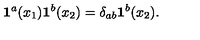
{ \bf 1 } ^ { a } ( x _ { 1 } ) { \bf 1 } ^ { b } ( x _ { 2 } ) = \delta _ { a b } { \bf 1 } ^ { b } ( x _ { 2 } ) .